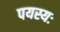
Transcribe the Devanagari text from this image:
पयस्यः